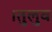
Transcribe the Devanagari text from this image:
।तुलुव